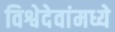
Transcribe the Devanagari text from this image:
विश्वेदेवांमध्ये